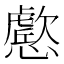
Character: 𭟔